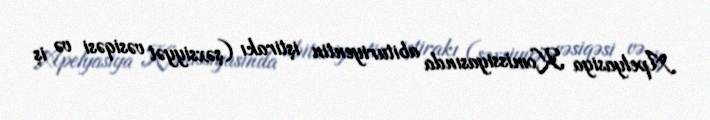
Apelyasiya Komissiyasında abituriyentin iştirakı (şəxsiyyət vəsiqəsi və iş